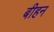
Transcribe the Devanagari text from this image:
बीहन